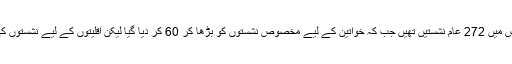
2002ء کے انتخابات میں قومی اسمبلی کی کل نشستوں کو بڑھا کر 342 کر دیا گیا جس میں 272 عام نشستیں تھیں جب کہ خواتین کے لیے مخصوص نشستوں کو بڑھا کر 60 کر دیا گیا لیکن اقلیتوں کے لیے نشستوں کی تعداد 10 ہی رہنے دی گئی اور یہی کچھ آخری عام انتخابات (2013ء ) میں بھی ہوا۔